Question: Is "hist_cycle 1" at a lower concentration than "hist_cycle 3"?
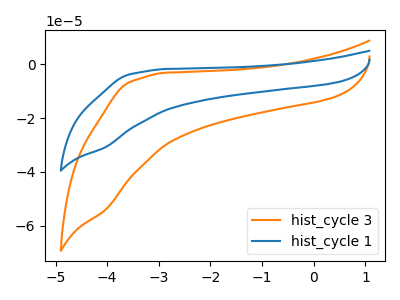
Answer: <think>The orange curve "hist_cycle 3" has no peaks. The blue curve "hist_cycle 1" has no peaks.
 Neither "hist_cycle 3" or "hist_cycle 1" have any peaks.</think>
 <answer>I cant tell if "hist_cycle 3" or "hist_cycle 1" has higher concentration.</answer>
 <eval>mixed_concentration</eval>